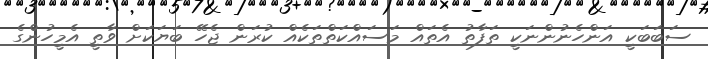
ސަބަބަކީ އަންހެނުންނަކީ ތަފާތު އެތައް މަސައްކަތްތަކެއް ކުރަން ޖެހޭ ބަޔަކަށް ވާތީ އެމީހުންގެ